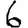
Digit: 6